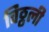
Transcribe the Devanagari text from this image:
विठ्ठली